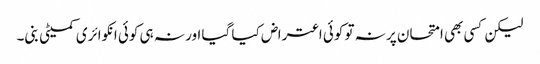
لیکن کسی بھی امتحان پر نہ تو کوئی اعتراض کیا گیا اور نہ ہی کوئی انکوائری کمیٹی بنی۔